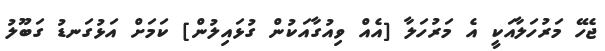
ޖެހޭ މަރުހަލާއަކީ އެ މަރުހަލާ [އެއް ވިއުގާއަކުން ގުޅައިލުން] ކަމަށް އަޅުގަނޑު ގަބޫލު